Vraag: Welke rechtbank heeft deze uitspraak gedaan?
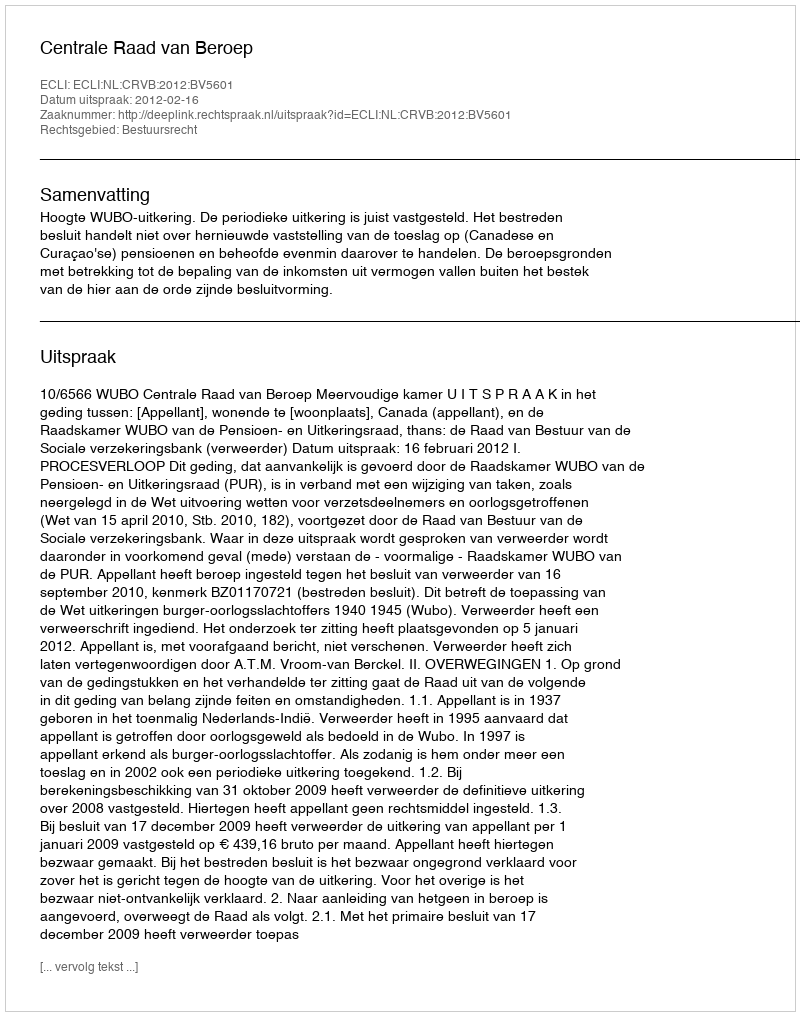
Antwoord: Centrale Raad van Beroep